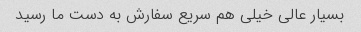
بسیار عالی خیلی هم سریع سفارش به دست ما رسید